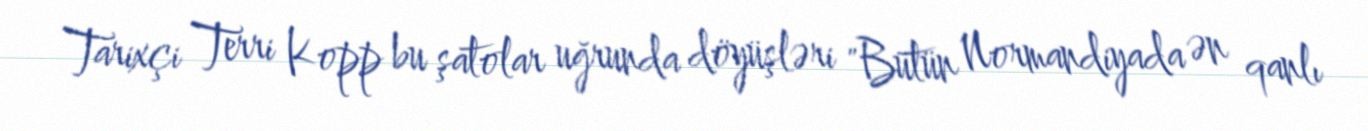
Tarixçi Terri Kopp bu şatolar uğrunda döyüşləri "Bütün Normandiyada ən qanlı